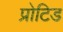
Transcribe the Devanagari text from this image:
प्रोटिड